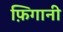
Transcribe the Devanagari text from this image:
फ़िगानी